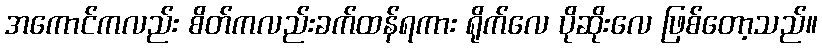
အကောင်ကလည်း စိတ်ကလည်းခက်ထန်ရကား ရိုက်လေ ပိုဆိုးလေ ဖြစ်တော့သည်။